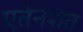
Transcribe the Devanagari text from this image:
एतेनशत